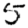
Digit: 5